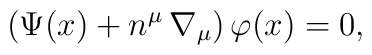
\left( \Psi(x) + n^{\mu} \, \nabla_{\mu} \right) \varphi(x) = 0,